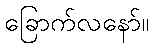
ခြောက်လနော်။